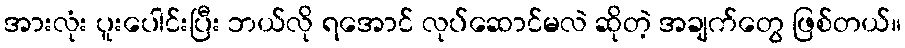
အားလုံး ပူးပေါင်းပြီး ဘယ်လို ရအောင် လုပ်ဆောင်မလဲ ဆိုတဲ့ အချက်တွေ ဖြစ်တယ်။